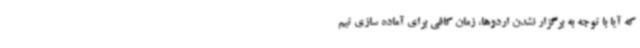
که آیا با توجه به برگزار نشدن اردوها، زمان کافی برای آماده سازی تیم